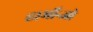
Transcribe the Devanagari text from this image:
हार्मोन्जो